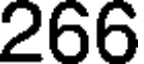
266